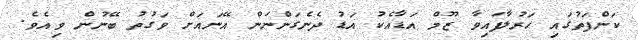
ކަންފަތުގައި ހަރުލާފައިވާ ޒޫމް އަޑާއެކު އަޑު ދެނެގަންނަން އޭނައަށް ވަގުތު ބޭނުން ވިއެވެ.